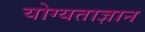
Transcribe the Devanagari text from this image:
योग्यताज्ञान